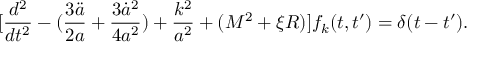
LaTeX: [ \frac { d ^ { 2 } } { d t ^ { 2 } } - ( \frac { 3 { \ddot { a } } } { 2 a } + \frac { 3 { \dot { a } } ^ { 2 } } { 4 a ^ { 2 } } ) + \frac { k ^ { 2 } } { a ^ { 2 } } + ( M ^ { 2 } + \xi { \cal R } ) ] f _ { k } ( t , t ^ { \prime } ) = \delta ( t - t ^ { \prime } ) .